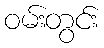
ဝမ်းတွင်း